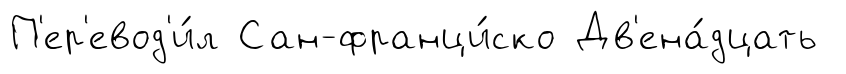
П'ер'евод'и́л Сан-франци́ско Дв'ена́дцать